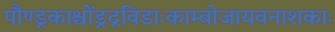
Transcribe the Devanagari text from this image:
पौण्ड्रकाश्चोंड्रद्रविडाःकाम्बोजायवनाशकाः